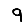
Digit: 9